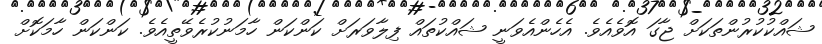
ޝައްކުކުރުންތަކަށް ޖާގަ އޮވެއެވެ. އެހެންއެވަނީ ޝައްކުތައް ފިލާވަރަށް ކަންކަން ހާމަނުކުރެވޭތީއެވެ. ކަންކަން ހާމަކޮށް